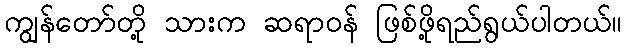
ကျွန်တော်တို့ သားက ဆရာဝန် ဖြစ်ဖို့ရည်ရွယ်ပါတယ်။